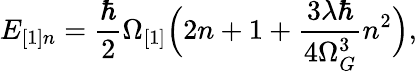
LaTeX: E_{[1]n}=\frac{\hbar}{2}\Omega_{[1]}\Bigl(2n+1+\frac{3\lambda\hbar}{4\Omega_{G}^{3}}n^{2}\Bigr),